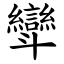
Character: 㪻